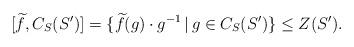
LaTeX: \begin{align*}[\widetilde{f}, C_S(S')] = \{\widetilde{f}(g)\cdot g^{-1} \, | \, g \in C_S(S')\} \leq Z(S').\end{align*}